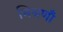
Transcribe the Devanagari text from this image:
मिश्रणॉं